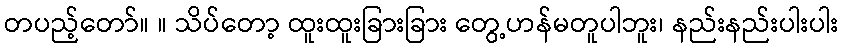
တပည့်တော်။ ။ သိပ်တော့ ထူးထူးခြားခြား တွေ့ဟန်မတူပါဘူး၊ နည်းနည်းပါးပါး